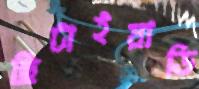
ছিটাইয়াডি